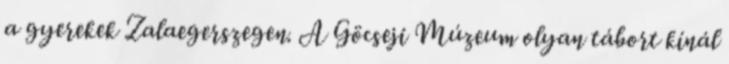
a gyerekek Zalaegerszegen. A Göcseji Múzeum olyan tábort kínál